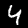
Label: 4